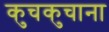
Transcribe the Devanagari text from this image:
कुचकुचाना